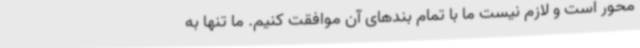
محور است و لازم نیست ما با تمام بندهای آن موافقت کنیم. ما تنها به